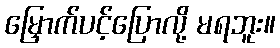
မြှောက်ပင့်ပြောလို့ မရဘူး။